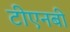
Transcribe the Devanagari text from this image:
टीएनबी